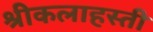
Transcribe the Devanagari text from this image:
श्रीकलाहस्ती